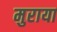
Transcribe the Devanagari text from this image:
मुराया